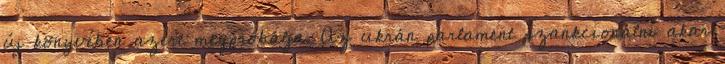
új könyvében azért megpróbálja. Az ukrán parlament szankcionálni akar